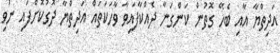
އަދިތްޔާ އާއި ބެހޭ ގޮތުން ކަންގަނާ ދެއްކާފައިވާ ވާހަކަތައް އަދިތްޔާ ދޮގުކޮށްފައި ނުވި